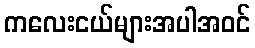
ကလေးငယ်များအပါအဝင်